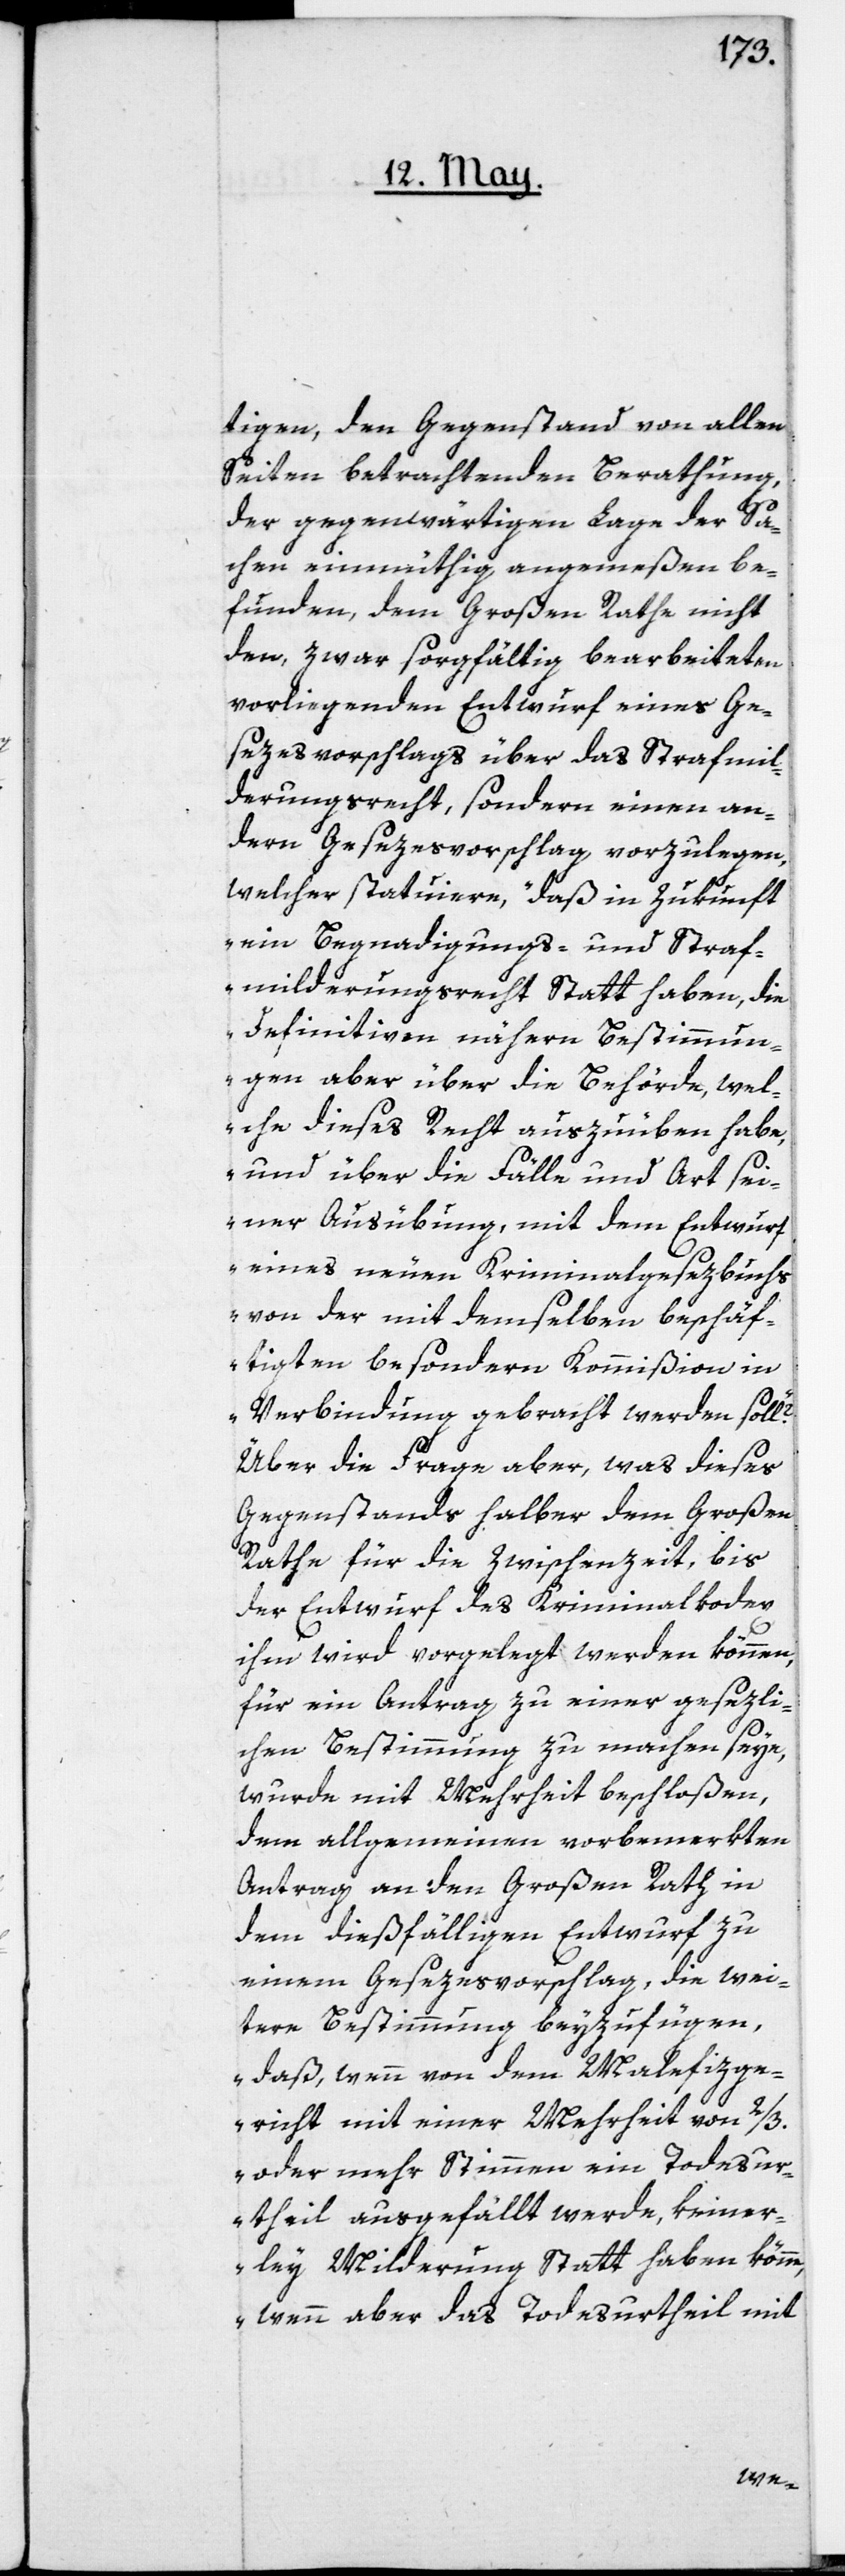
tigen, den Gegenstand von allen
Seiten betrachtenden Berathung,
der gegenwärtigen Lage der Sa¬
chen einmüthig angemeßen be¬
funden, dem Großen Rathe nicht
den, zwar sorgfältig bearbeiteten
vorliegenden Entwurf eines Ge¬
sezesvorschlags über das Strafmil¬
derungsrecht, sondern einen an¬
dern Gesezesvorschlag vorzulegen,
welcher statuiere, „daß in Zukunft
ein Begnadigungs- und Straf¬
milderungsrecht Statt haben, die
definitiven nähern Bestimmun¬
gen aber über die Behörde, wel¬
che dieses Recht auszuüben habe,
und über die Fälle und Art sei¬
ner Ausübung, mit dem Entwurf
eines neuen Kriminalgesezbuchs
von der mit demselben beschäf¬
tigten besondern Kommißion in
Verbindung gebracht werden soll“?
Über die Frage aber, was dieses
Gegenstands halber dem Großen
Rathe für die Zwischenzeit, bis
der Entwurf des Kriminalkodex
ihm wird vorgelegt werden können,
für ein Antrag zu einer gesezli¬
chen Bestimmung zu machen seye,
wurde mit Mehrheit beschloßen,
dem allgemeinen vorbemerkten
Antrag an den großen Rath in
dem dießfälligen Entwurf zu
einem Gesezesvorschlag, die wei¬
tere Bestimmung beyzufügen,
„daß, wenn von dem Malefizge¬
richt mit einer Mehrheit von 2/3
oder mehr Stimmen ein Todesur¬
theil ausgefällt werde, keiner¬
ley Milderung Statt haben könne,
wenn aber das Todesurtheil mit